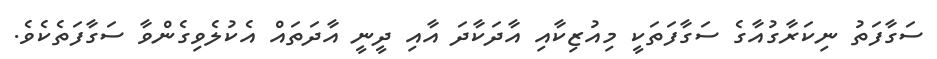
ސަގާފަތު ނިކަރާގުއާގެ ސަގާފަތަކީ މިއުޒިކާއި އާދަކާދަ އާއި ދީނީ އާދަތައް އެކުލެވިގެންވާ ސަގާފަތެކެވެ.